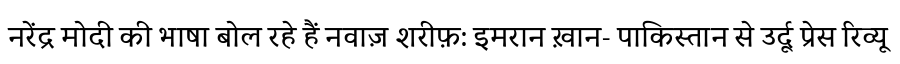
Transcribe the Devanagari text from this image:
नरेंद्र मोदी की भाषा बोल रहे हैं नवाज़ शरीफ़: इमरान ख़ान- पाकिस्तान से उर्दू प्रेस रिव्यू